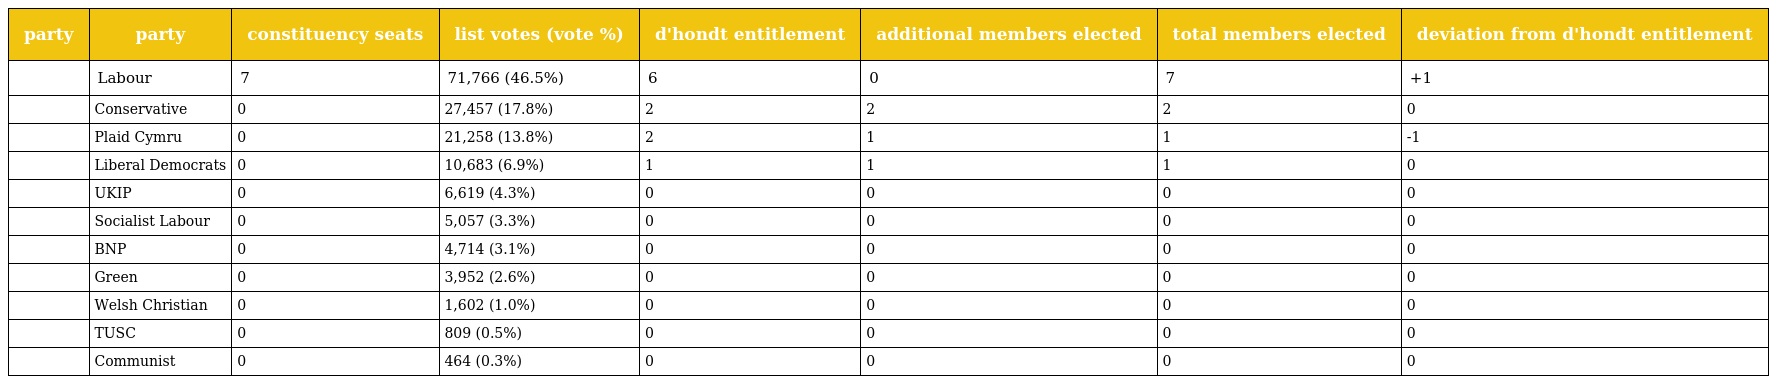
| party | party | constituency seats | list votes (vote %) | d'hondt entitlement | additional members elected | total members elected | deviation from d'hondt entitlement |
 | --- | --- | --- | --- | --- | --- | --- | --- |
 |  | Labour | 7 | 71,766 (46.5%) | 6 | 0 | 7 | +1 |
 |  | Conservative | 0 | 27,457 (17.8%) | 2 | 2 | 2 | 0 |
 |  | Plaid Cymru | 0 | 21,258 (13.8%) | 2 | 1 | 1 | -1 |
 |  | Liberal Democrats | 0 | 10,683 (6.9%) | 1 | 1 | 1 | 0 |
 |  | UKIP | 0 | 6,619 (4.3%) | 0 | 0 | 0 | 0 |
 |  | Socialist Labour | 0 | 5,057 (3.3%) | 0 | 0 | 0 | 0 |
 |  | BNP | 0 | 4,714 (3.1%) | 0 | 0 | 0 | 0 |
 |  | Green | 0 | 3,952 (2.6%) | 0 | 0 | 0 | 0 |
 |  | Welsh Christian | 0 | 1,602 (1.0%) | 0 | 0 | 0 | 0 |
 |  | TUSC | 0 | 809 (0.5%) | 0 | 0 | 0 | 0 |
 |  | Communist | 0 | 464 (0.3%) | 0 | 0 | 0 | 0 |